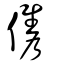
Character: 儶